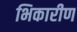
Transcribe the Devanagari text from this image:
भिकारीण